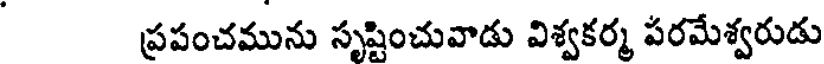
ప్రపంచమును సృష్టించువాడు విశ్వకర్మ పరమేశ్వరుడు